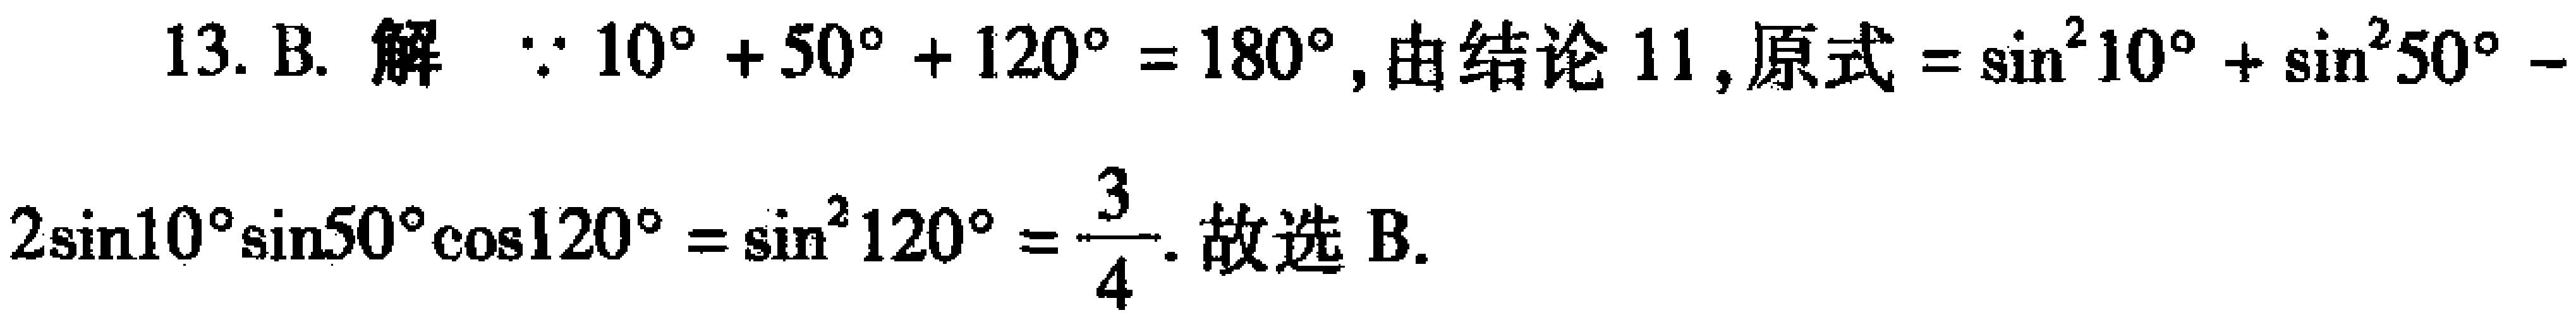
13. B. 解 $\because 10^{\circ}+50^{\circ}+120^{\circ}=180^{\circ}$, 由结论 11, 原式 $=\sin ^{2} 10^{\circ}+\sin ^{2} 50^{\circ}-$
$2\sin 10^{\circ}\sin 50^{\circ}\cos 120^{\circ}=\sin ^{2} 120^{\circ}=\dfrac{3}{4}$. 故选 B.